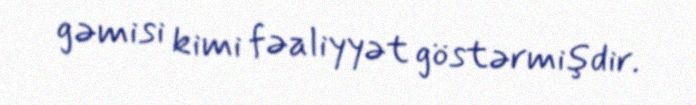
gəmisi kimi fəaliyyət göstərmişdir.